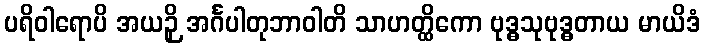
ပရိဝါရောပိ အယဉှိ အင်္ဂပါတုဘာဝါတိ သာဟတ္ထိကော ဗုဒ္ဓသုဗုဒ္ဓတာယ မာယိဒံ